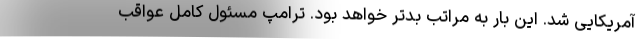
آمریکایی شد. این بار به مراتب بدتر خواهد بود. ترامپ مسئول کامل عواقب